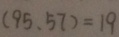
( 9 5 , 5 7 ) = 1 9